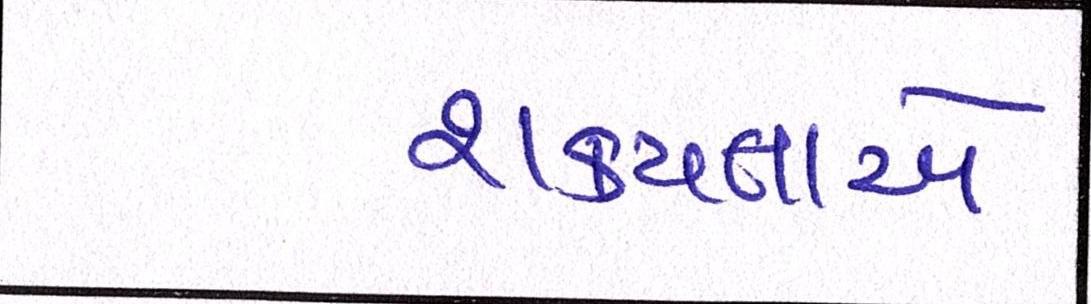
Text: શક્યતાએ